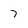
Character: 7